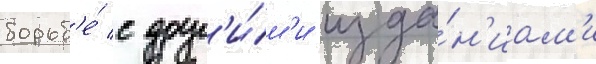
борьб'е́ с друг'и́м'и изда́н'иам'и